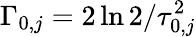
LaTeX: \Gamma_{0,j}=2\ln{2}/\tau_{0,j}^{2}